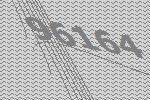
96164